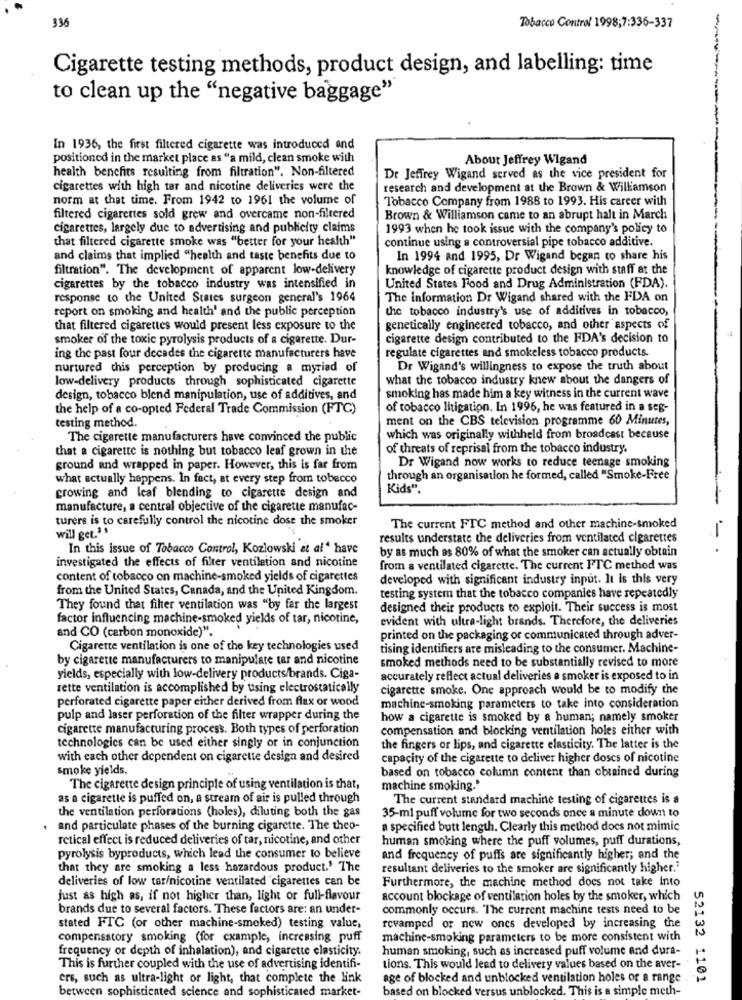
336
Tobacco Control 1998;7:336-337
-
Cigarette testing methods, product design, and labelling: time
to clean up the "negative baggage"
In 1936, the first filtered cigarette was introduced and
positioned in the market place as "a mild, clean smoke with
About Jeffrey Wigand
health benefits resulting from filtration". Non-filtered
Dr Jeffrey Wigand served as the vice president for
cigarettes with high tar and nicotine deliveries were the
research and development at the Brown & Williamson
norm at that time. From 1942 to 1961 the volume of
Tobacco Company from 1988 to 1993. His career with
filtered cigarettes sold grew and overcame non-filtered
Brown & Williamson came to an abrupt halt in March
cigarettes, largely due to advertising and publicity claims
1993 when he took issue with the company's policy to
that filtered cigarette smoke was "better for your health"
continue using a controversial pipe tobacco additive.
and claims that implied "health and taste benefits due to
In 1994 and 1995, Dr Wigand began to share his
filtration". The development of apparent low-delivery
knowledge of cigarette product design with staff at the
cigarettes by the tobacco industry was intensified in
United States Food and Drug Administration (FDA).
response to the United States surgeon general's 1964
The information Dr Wigand shared with the FDA on
report on smoking and health' and the public perception
the tobacco industry's use of additives in tobacco,
that filtered cigarettes would present less exposure to the
genetically engineered tobacco, and other aspects of
smoker of the toxic pyrolysis products of a cigarette. Dur-
cigarette design contributed to the FDA's decision to
ing the past four decades the cigarette manufacturers have
regulate cigarettes and smokeless tobacco products.
nurtured chis perception by producing a myriad of
Dr Wigand's willingness to expose the truth about
low-delivery products through sophisticated cigarette
what the tobacco industry knew about the dangers of
design, tobacco blend manipulation, use of additives, and
smoking has made him a key witness in the current wave
the help of a co-opted Federal Trade Commission (FTC)
of tobacco litigation. In 1996, he was featured in a seg-
testing method.
ment on the CBS television programme 60 Minutes,
The cigarette manufacturers have convinced the public
which was originally withheld from broadcast because
that a cigarette is nothing but tobacco leaf grown in the
of threats of reprisal from the tobacco industry.
ground and wrapped in paper. However, this is far from
Dr Wigand now works to reduce teenage smoking
what actually happens. In fact, at every step from tobecco
through an organisation he formed, called "Smoke-Free
Kids".
growing and leaf blending to cigarette design and
manufacture, a central objective of the cigarette manufac-
turers is to carefully control the nicotine dose the smoker
will get.'s
The current FTC method and other machine-smoked
results understate the deliveries from ventilated cigarettes
In this issue of Tobacco Control, Kozlowski at al' have
by as much as 80% of what the smoker can actually obtain
- -
investigated the effects of filter ventilation and nicotine
from a ventilated cigarette. The current FTC method was
content of tobacco on machine-smoked yields of cigarettes
developed with significant industry input. It is this very
from the United States, Canada, and the United Kingdom.
testing system that the tobacco companies have repeatedly
They found that filter ventilation was "by far the largest
designed their products to exploit. Their success is most
factor influencing machine-smoked yields of tar, nicotine,
evident with ultra-light brands. Therefore, the deliveries
and CO (carbon monoxide)".
printed on the packaging or communicated through adver-
Cigarette ventilation is one of the key technologies used
tising identifiers are misleading to the consumer. Machine-
by cigarette manufacturers to manipulate tar and nicotine
smoked methods need to be substantially revised to more
yields, especially with low-delivery products/brands. Ciga-
accurately reflect actual deliveries a smoker is exposed to in
rette ventilation is accomplished by using electrostatically
cigarette smoke. One approach would be to modify the
perforated cigarette paper either derived from flax or wood
machine-smoking parameters to take into consideration
pulp and laser perforation of the filter wrapper during the
how a cigarette is smoked by a human; namely smoker
cigarette manufacturing process. Both types of perforation
compensation and blocking ventilation holes either with
technologies can be used either singly or in conjunction
the fingers or lips, and cigarette elasticity. The latter is the
with each other dependent on cigarette design and desired
capacity of the cigarette to deliver higher doses of nicotine
smoke yields.
based on tobacco column content than obtained during
The cigarette design principle of using ventilation is that,
machine smoking.'
as a cigarette is puffed on, a stream of air is pulled through
The current standard machine testing of cigarettes is a
the ventilation perforations (holes), diluting both the gas
35-ml puff volume for two seconds once a minute down to
, and particulate phases of the burning cigarette. The theo-
a specified butt length. Clearly this method does not mimic
retical effect is reduced deliveries of tar, nicotine, and other
human smoking where the puff volumes, puff durations,
pyrolysis byproducts, which lead the consumer to believe
and frequency of puffs are significantly higher; and the
that they are smoking a less hazardous product.' The
resultant deliveries to the smoker are significantly higher."
deliveries of low tar/nicotine ventilated cigarettes can be
Furthermore, the machine method does not take into
just as high as, if not higher than, light or full-flavour
account blockage of ventilation holes by the smoker, which
brands due to several factors. These factors are: an under-
commonly occurs. "The current machine tests need to be
stated FTC (or other machine-smoked) testing value,
revamped or new ones developed by increasing the
compensatory smoking (for example, increasing puff
machine-smoking parameters to be more consistent with
frequency or depth of inhalation), and cigarette elasticity.
human smoking, such as increased puff volume and dura-
This is further coupled with the use of advertising identifi-
tions. This would leed to delivery values based on the aver-
ers, such as ultra-light of light, that complete the link
age of blocked and unblocked ventilation holes or a range
52132 1101
between sophisticated science and sophisticated market-
based on blocked versus unblocked. This is a simple meth-